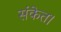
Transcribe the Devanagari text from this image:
संकेत।